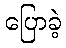
ပြောခဲ့